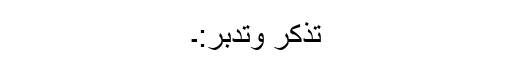
تذکر وتدبر:۔